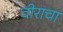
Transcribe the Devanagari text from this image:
वीराचा